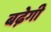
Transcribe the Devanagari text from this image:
बढे़गी